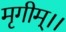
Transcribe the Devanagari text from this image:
मृगीम्।।